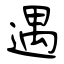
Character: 遇